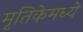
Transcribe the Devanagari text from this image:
मृतिकेमध्ये